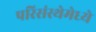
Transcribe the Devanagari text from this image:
परिसंस्थेमेध्ये